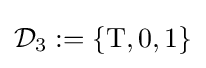
{\mathcal {D}}_{3}:=\lbrace \operatorname {T} ,0,1\rbrace